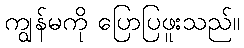
ကျွန်မကို ပြောပြဖူးသည်။